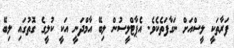
ފަރާތަކީ ލީސްއަށް ނަގާފަތެކެވެ. އެޕާޓްލީސުން ލިބޭ އާމްދަނީ އަކީ ކުލީގެ ގޮތުގައި ލިބޭ